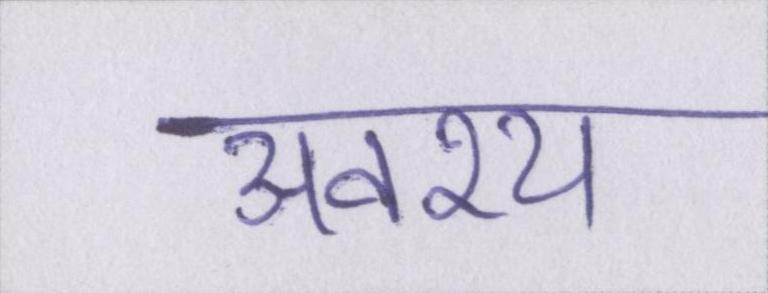
अवश्य